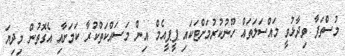
މުސްތަފާ ވިދާޅުވީ މައްސަލަތައް ހޫނުކުރުމަށްޓަކައި ޕީޕީއެމް އިން މަސައްކަތްކުރާ ކަމަށާއި އެގޮތުން މިދިޔަ